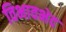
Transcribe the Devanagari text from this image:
विभावभेद